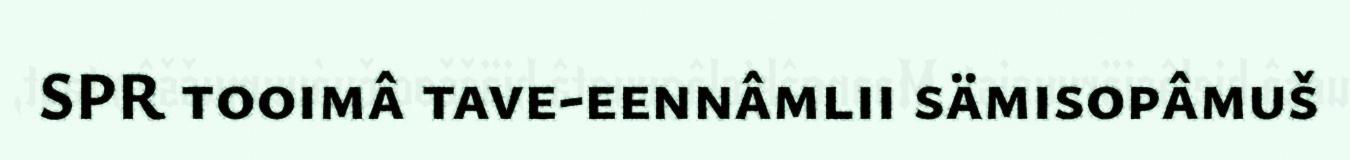
SPR tooimâ tave-eennâmlii sämisopâmuš